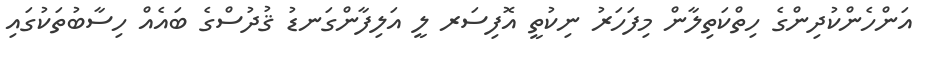
އަންހެންކުދިންގެ ހިތްކަތިލާން މިފަހަރު ނިކުތީ އޮފިސަރ ލީ އަލިފާންގަނޑު ޤުދުސްގެ ބައެއް ހިސާބުތަކުގައި